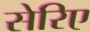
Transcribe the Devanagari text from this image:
सेरिए